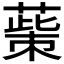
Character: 𦸺